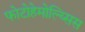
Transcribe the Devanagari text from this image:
फोटोहेमोल्य्सिस